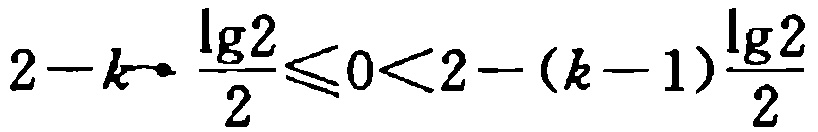
\(2 - k\cdot\frac{\lg2}{2}\leqslant0<2 - (k - 1)\frac{\lg2}{2}\)